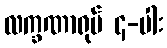
လက္ခဏာရုပ် ၄-ပါး